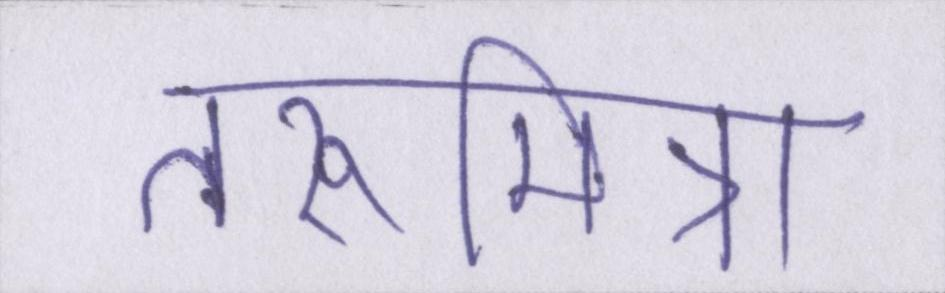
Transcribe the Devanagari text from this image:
तरूमित्रा